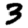
Digit: 3